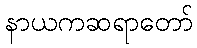
နာယကဆရာတော်